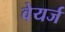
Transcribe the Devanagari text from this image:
वेयर्ज